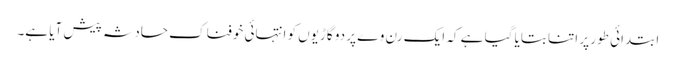
ابتدائی طور پر اتنا بتایا گیا ہے کہ ایک رن وے پر دو گاڑیوں کو انتہائی خوفناک حادثہ پیش آیا ہے۔